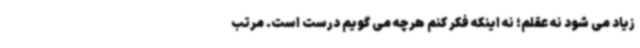
زیاد می شود نه عقلم؛ نه اینکه فکر کنم هرچه می گویم درست است. مرتب